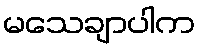
မသေချာပါက